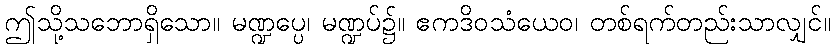
ဤသို့သဘောရှိသော။ မဏ္ဍပ္ပေ၊ မဏ္ဍပ်၌။ ဧကဒိဝသံယေဝ၊ တစ်ရက်တည်းသာလျှင်။